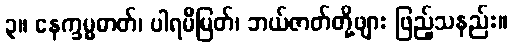
၃။ နေက္ခမ္မဓာတ်၊ ပါရမီမြတ်၊ ဘယ်ဇာတ်တို့ဖျား ဖြည့်သနည်း။